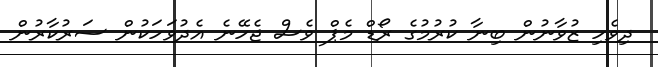
ދިވެހި ޒުވާނުން ބިނާ ކުރުމުގެ ރޯޑް މެޕް ވެސް ޖެހޭނެ އެދުވަހަކުން ސަރުކާރުން